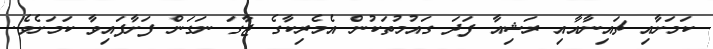
ކަމަށާއި ޗައިނާއާއި ރަޝިއާ ފަދަ ގައުމުތަކުން އެމެރިކާގެ ޖާގަ ނަގަން ފަށާފައިވާ ކަމަށެވެ.